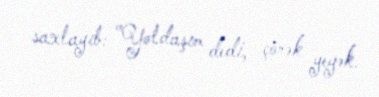
saxlayıb: "Yoldaşım dedi, çörək yeyək.